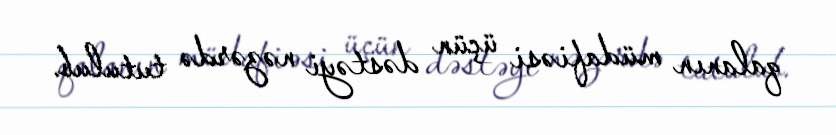
qalanın müdafiəsi üçün dəstəyi nəzərdə tutulub.